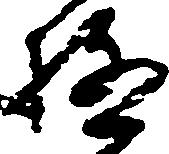
極